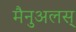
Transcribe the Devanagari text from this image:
मैनुअलस्